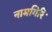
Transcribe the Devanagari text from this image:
नामगिरि